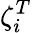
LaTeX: \zeta_{i}^{T}